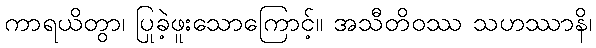
ကာရယိတွာ၊ ပြုခဲ့ဖူးသောကြောင့်။ အသီတိဝဿ သဟဿာနိ၊